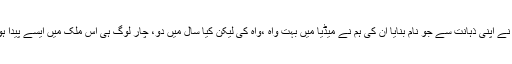
سافٹ ویئر کے میدان میں ہمارے چند نوجوانوں نے اپنی ذہانت سے جو نام بنایا ان کی ہم نے میڈیا میں بہت واہ ،واہ کی لیکن کیا سال میں دو، چار لوگ ہی اس ملک میں ایسے پیدا ہورہے ہیں اورکیا ان کی تعداد اتنی ہی رہے گی ؟